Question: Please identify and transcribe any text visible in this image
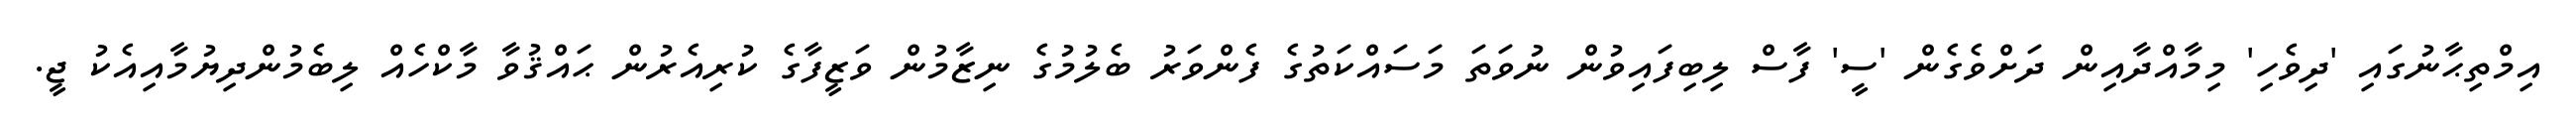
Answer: އިމްތިޙާނުގައި 'ދިވެހި' މިމާއްދާއިން ދަށްވެގެން 'ސީ' ފާސް ލިބިފައިވުން ނުވަތަ މަސައްކަތުގެ ފެންވަރު ބެލުމުގެ ނިޒާމުން ވަޒީފާގެ ކުރިއެރުން ޙައްޤުވާ މާކްހެއް ލިބެމުންދިޔުމާއިއެކު ޖީ.